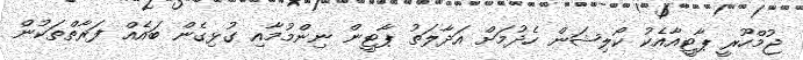
ޖުމްހޫރީ ޕާޓީއާއެކު ކޯލިޝަން ހެދުމަށް އަދާލަތު ޕާޓީން ނިންމުމާއި ގުޅިގެން ބައެއް ފަރާތްތަކުން